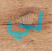
لي